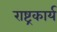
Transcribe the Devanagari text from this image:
राष्ट्रकार्य